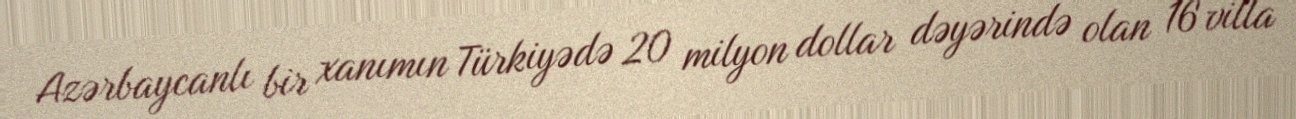
Azərbaycanlı bir xanımın Türkiyədə 20 milyon dollar dəyərində olan 16 villa